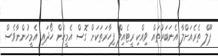
ޕޫލް ތެރެއަށްލާ އެނަބަރުތައް ވިއްކި ރީޓެއިލް ފިހާރަތަކަށް ގޮސް އެމީހުން ހޯދައި އެމީހުންނާވެސް